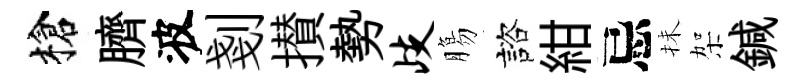
槍臍波剗攅勢歧膓諮紺忌抺架鍼